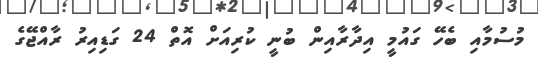
މުސުމާއި ބެހޭ ގަައުމީ އިދާރާއިން ބުނީ ކުރިއަށް އޮތް 24 ގަޑިއިރު ރާއްޖޭގެ